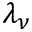
\lambda _ { \nu }